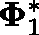
\mathbf { \Phi } _ { 1 } ^ { * }